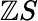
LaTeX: \mathbb{Z}S